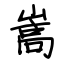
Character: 嵩